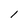
Character: 1